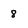
Character: 8